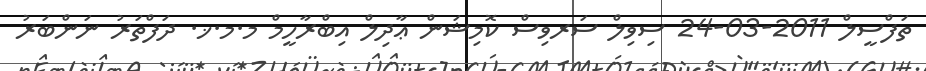
ތަފްސީލް 2011-03-24 ސިވިލް ސަރވިސް ކޮމިޝަން ޢާދިލް އިބްރާހީމް މ.މ.ޚ. ދަފްތަރު ނަންބަރު